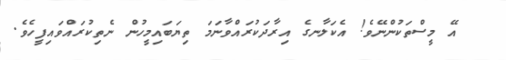
އޭ މީސްތަކުންނޭވެ! އެކަލާނގެ އިރާދަކުރައްވާނަމަ ތިޔަބައިމީހުން ނެތިކުރައްވައިފީހެވެ.